Civil Veterinary Department. Madras. Admin. report 1926-33 - 1926-1933
Year: 1926
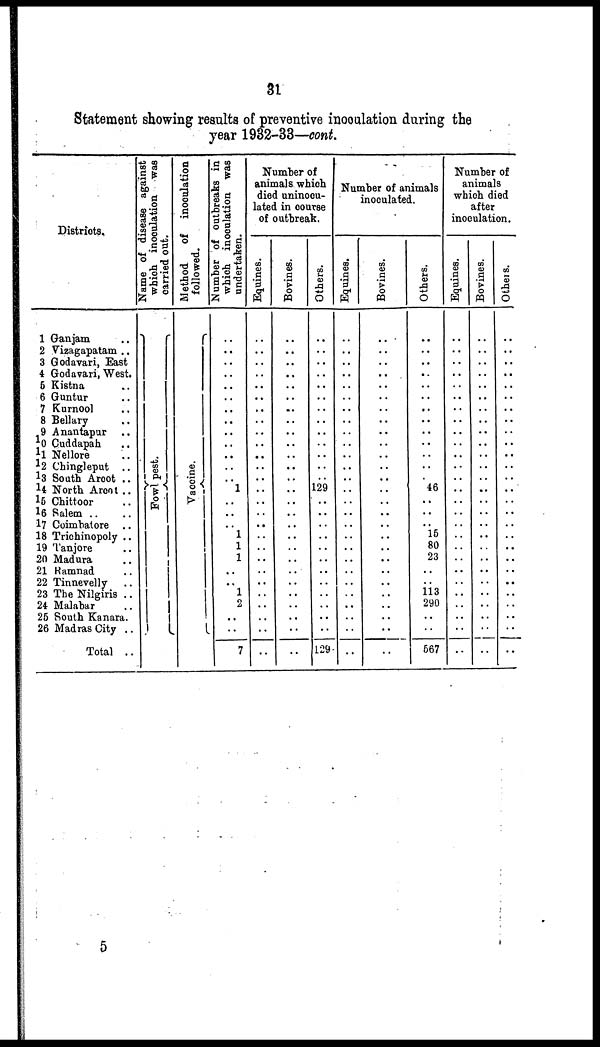
31
Statement showing results of preventive inoculation during the
year 1932-33—cont.
Districts.
1 Ganjam ..
2 Vizagapatam ..
3 Godavari, East
4 Godavari, West.
5 Kistna ..
6 Guntur ..
7 Kurnool ..
8 Bellary ..
9 Anantapar ..
10 Cuddapah ..
11 Nellore ..
12 Chingleput ..
13 South Arcot ..
14 North Arcot ..
l5 Chittoor ..
16 Salem .. ..
17 Coimbatore ..
18 Trichinopoly ..
19 Tanjore ..
2ft Madura
21 Ramnad ..
22 Tinnevelly
..
23 The Nilgiris ..
24 Malabar
26 South Kanara.
26 Madras City ..
Total ..
Name of disease against
which
inoculation was
carried out.
Fowl pest.
Method
of inoculation
followed.
Vaccine
Number of outbreaks in
which inoculation was
undertaken.
..
..
..
..
..
..
..
..
..
..
..
..
..
1
..
..
..
1
1
1
..
1
..
..
..
7
Number of
animals which
died uninocu-
lated in course
of outbreak.
Equine6.
..
..
..
..
..
..
..
..
..
..
..
..
..
..
..
..
..
..
..
..
..
..
..
..
..
..
Bovines.
..
..
..
..
..
..
..
..
..
..
..
..
..
..
..
..
..
..
..
..
..
::
..
..
..
..
Others.
..
..
..
..
..
..
..
..
..
..
..
..
..
129
..
..
..
..
..
..
..
..
..
..
..
..
129-
Number of animals
inoculated.
Equines.
..
..
..
..
..
..
..
..
..
..
..
..
..
..
..
..
..
..
..
..
..
..
..
..
..
..
Bovines.
..
..
..
..
..
..
..
..
..
..
..
..
..
..
..
..
..
..
..
..
..
..
..
..
..
..
Others.
..
..
..
..
..
..
..
..
..
..
..
..
46
..
..
..
16
80
23
..
113
290
..
..
667
Number of
animals
which died
after
inoculation.
Equines.
..
..
..
..
..
..
..
..
..
..
..
..
..
..
..
..
..
..
..
..
..
..
..
..
..
..
..
Bovines.
..
..
..
..
..
..
..
..
..
..
..
..
..
..
..
..
..
..
..
..
..
..
..
..
..
..
Others.
..
..
..
..
..
..
..
..
..
..
..
..
..
..
..
..
..
..
..
..
..
..
..
..
..
..
5